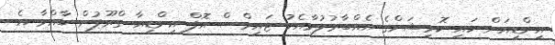
އިންޑިއަން ހައި ކޮމިޝަންގެ އެއްބާރުލުމާއެކު ޓައިމްސް އޮފް އިންޑިއާ ގްރޫޕުން ބާއްވާ އެ